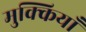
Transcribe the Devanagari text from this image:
मुक्कियाँ